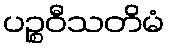
ပဉ္စဝီသတိမံ